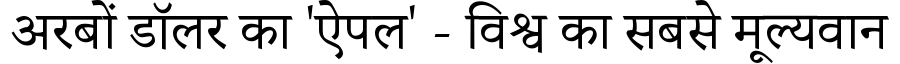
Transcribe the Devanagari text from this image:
अरबों डॉलर का 'ऐपल' - विश्व का सबसे मूल्यवान